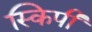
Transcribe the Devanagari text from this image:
स्किपी